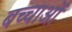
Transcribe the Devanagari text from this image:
बच्चाओं